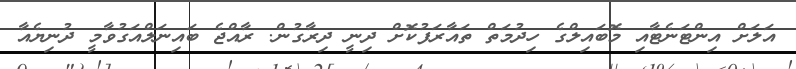
އަލަށް އިންޓަނެޓާއި މޮބައިލްގެ ހިދުމަތް ތައާރަފުކޮށް ދިނީ ދިރާގުން. ރާއްޖެ ބައިނަލްއަގުވާމީ ދުނިޔެއާ